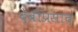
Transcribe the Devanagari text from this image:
देबीप्रसाद